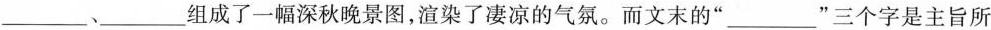
___、___组成了一幅深秋晚景图，渲染了凄凉的气氛。而文末的”___”三个字是主旨所